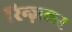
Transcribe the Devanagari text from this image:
रिन्ज़लर